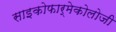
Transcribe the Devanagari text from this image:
साइकोफार्मेकोलोजी